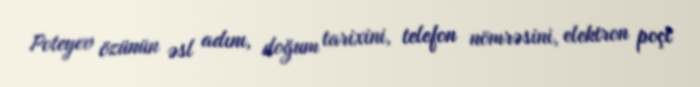
Poteyev özünün əsl adını, doğum tarixini, telefon nömrəsini, elektron poçt